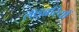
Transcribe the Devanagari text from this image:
लाइब्ररियों